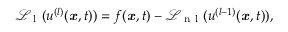
\mathcal { L } _ { \mathrm { ~ l ~ } } ( u ^ { ( l ) } ( { \boldsymbol { \mathbf { \mathit { x } } } } , t ) ) = f ( { \boldsymbol { \mathbf { \mathit { x } } } } , t ) - \mathcal { L } _ { \mathrm { ~ n ~ l ~ } } ( u ^ { ( l - 1 ) } ( { \boldsymbol { \mathbf { \mathit { x } } } } , t ) ) ,